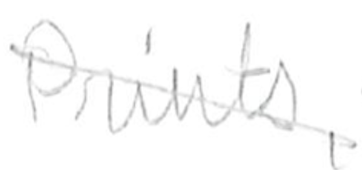
Text: Prints,
Cross-out: mix
Writing tool: pencil